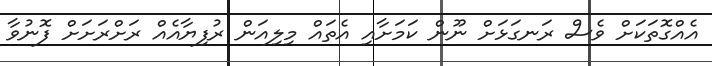
އެއްގޮތަކަށް ވެސް ރަނގަޅަށް ނޫން ކަމަށާއި އެތައް މިލިއަން ރުފިޔާއެއް ރަށްރަށަށް ފޮނުވާ